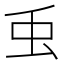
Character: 䖝